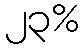
၂၃%